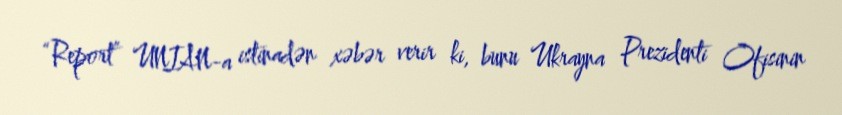
“Report” UNIAN-a istinadən xəbər verir ki, bunu Ukrayna Prezidenti Ofisinin